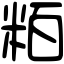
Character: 粨